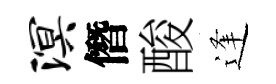
溟僭酸逢